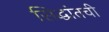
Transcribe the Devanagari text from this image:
सिद्धांतची